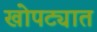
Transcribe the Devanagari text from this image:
खोपट्यात